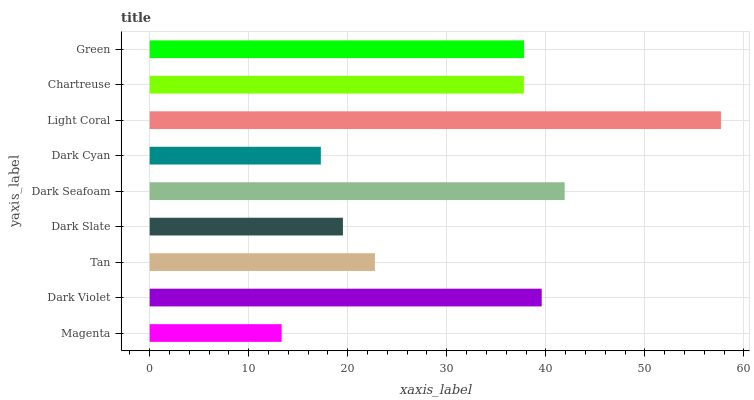
| yaxis_label | bars |
 | --- | --- |
 | Magenta | 13.3 |
 | Dark Violet | 39.6 |
 | Tan | 22.7 |
 | Dark Slate | 19.5 |
 | Dark Seafoam | 41.9 |
 | Dark Cyan | 17.3 |
 | Light Coral | 57.7 |
 | Chartreuse | 37.8 |
 | Green | 37.8 |